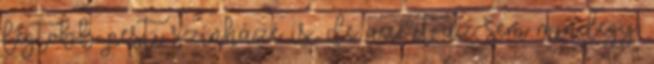
legtöbb pesti színházé is., de azért az sem mindegy,